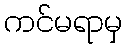
ကင်မရာမှ